Report of the Lahore Medical School Hospital
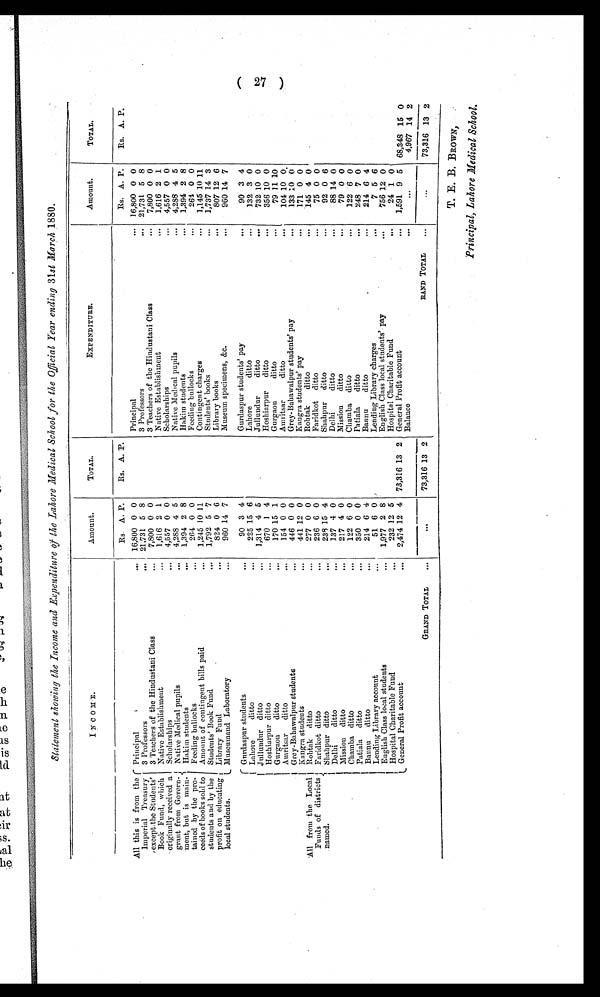
( 27 )
Statement showing the Income and Expenditure of the Lahore Medical School for the Official Year ending 31 st March 1880.
I NCOME.
Amount.
TOTAL.
EXPENDITURE.
Amount.
TOTAL.
All this is from the
Imperial Treasury
except the Students'
Book Fund, which
originally received a
grant from Govern
-ment, but is main
-tained by the pro
-ceeds of books sold to
students and by the
profit on educating
local students.
Principal . . .
Rs. A. P.
Rs. A. P.
Principal . . .
Rs. A. P.
Rs. A. P.
16,800 0 0
16,800 0 0
3 Professors . . .
21,731 5 8
3 Professors . . .
21,731 5 8
3 Teachers of the Hindustani Class . . .
7,800 0 0
3 T e a c h e r s o f t h e H i n d u s t a n i C l a s s . . .
7,800 0 0
Native Establishment . . .
1,616 2 1
Native Establishment . . .
1,616 2 1
Scholarships . . .
4,557 0 0
Sc hol a r s hi ps . . .
4,557 0 0
Native Medical pupils . . .
4,288 4 5
Native Medical pupils . . .
4,288 4 5
Hakim students . . .
1,394 2 8
Hakim students . . .
1,394 2 8
Feeding bullocks . . .
264 0 0
Feeding bullocks . . .
264 0 0
Amount of contingent bills paid . . .
1,245 10 11
Contingent charges . . .
1,145 10 11
Students' Book Fund . . .
1,792 5 7
Students' books . . .
1,737 14 3
L i b r a r y F u n d . . .
824 0 6
L i b r a r y b o o k s . . .
807 12 6
Museumand Laboratory . . .
960 14 7
Museum specimens, &c. . . .
960 14 7
All from the Local
Funds of districts
named.
Gurdaspur students . . .
90 3 4
Gurdaspur students' pay . . .
90 3 4
Lahore ditto . . .
225 15 6
Lahore ditto . . .
132 3 0
Jullundur ditto . . .
1,314 4 5
Jullundur ditto . . .
732 10 0
Hoshiarpur ditto . . .
670 1 4
Hoshiarpur ditto . . .
356 10 0
Gurgaon ditto . . .
170 15 1
Gurgaon ditto . . .
79 11 10
Amritsar ditto . . .
154 0 0
Amritsar ditto . . .
104 10 0
Grey-Bahawalpur students . . .
446 0 0
Grey-Bahawalpur students' pay . . .
133 10 0
Kangra students . . .
441 12
0
Kangra students' pay . . .
171 0 0
R o h t a k d i t t o . . .
277 0 0
Rohtak ditto . . .
145 4 0
Faridkot ditto . . .
236 6 0
Faridkot ditto . . .
75 0 0
Shahpur ditto . . .
238 15 4
Shahpur ditto . . .
92 0 6
Delhi ditto . . .
137 4 0
Delhi ditto . . .
88 14 0
Mission ditto . . .
217 4 0
Mission ditto . . .
79 0 0
Chamba ditto . . .
122 6 0
Chamba ditto . . .
1 2 2 6 0
Patiala ditto . . .
350 0 0
Patiala ditto . . .
248 7 0
Bannu ditto . . .
214 6 4
Bannu ditto . . .
214 6 4
Lending Library account . . .
51 6 0
Lending Library charges . . .
7 5 6
English Class local students . . .
1,977 2 8
English Class local students' pay . . .
756 12 0
Hospital Charitable Fund . . .
232 12 5
Hospital Charitable Fund . . .
24 1 0
General Profit account . . .
2,474 12 4
73,316 13 2
General Profit account . . .
1,591 9 5
68,348 15 0
GRAND TOTAL . . .
. . .
73,316 13 2
Balance . . .
. . .
4,967 14 2
RAND TOTAL . . .
. . .
73,316 13 2
T.E.B. B ROWN,
Principal, Lahore Medical School.